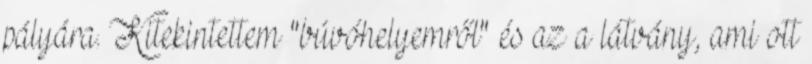
pályára. Kitekintettem "búvóhelyemről" és az a látvány, ami ott